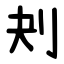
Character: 刔